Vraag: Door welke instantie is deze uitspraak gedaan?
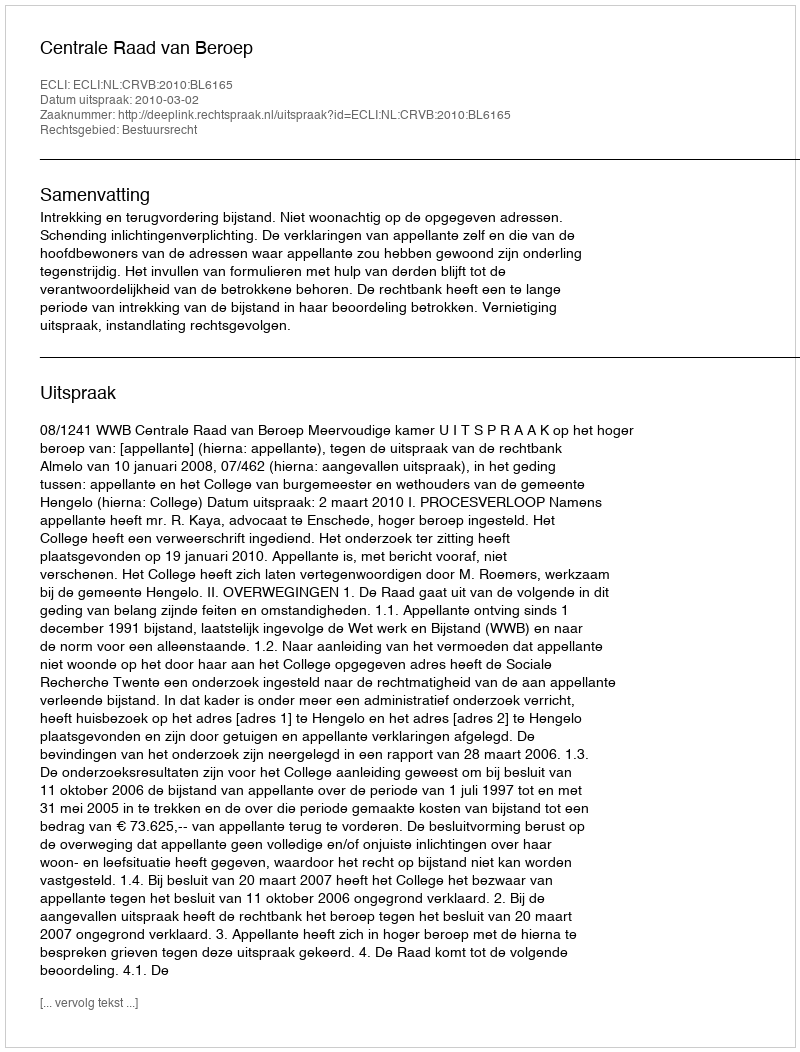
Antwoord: Centrale Raad van Beroep